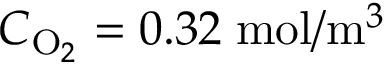
C _ { \mathrm { O } _ { 2 } } = 0 . 3 2 \; \mathrm { m o l } / \mathrm { m } ^ { 3 }